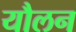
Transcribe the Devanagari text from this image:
यौलन